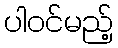
ပါဝင်မည့်